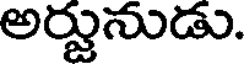
అర్జునుడు.